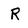
Character: R